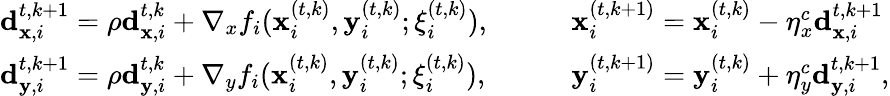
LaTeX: \begin{array}{r}{\begin{array}{ll}{\mathbf d_{{\mathbf x},i}^{t,k+1}=\rho\mathbf d_{{\mathbf x},i}^{t,k}+\nabla_{x}f_{i}({\mathbf{x}_{i}^{(t,k)}},{\mathbf{y}_{i}^{(t,k)}};{\xi_{i}^{(t,k)}}),\qquad}&{{\mathbf{x}_{i}^{(t,k+1)}}={\mathbf{x}_{i}^{(t,k)}}-\eta_{x}^{c}\mathbf d_{{\mathbf x},i}^{t,k+1}}\\ {\mathbf d_{{\mathbf y},i}^{t,k+1}=\rho\mathbf d_{{\mathbf y},i}^{t,k}+\nabla_{y}f_{i}({\mathbf{x}_{i}^{(t,k)}},{\mathbf{y}_{i}^{(t,k)}};{\xi_{i}^{(t,k)}}),\qquad}&{{\mathbf{y}_{i}^{(t,k+1)}}={\mathbf{y}_{i}^{(t,k)}}+\eta_{y}^{c}\mathbf d_{{\mathbf y},i}^{t,k+1},}\end{array}}\end{array}